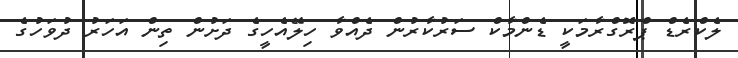
ލެކްރެޑް ޕްރޮގްރާމަކީ ޑެންމާކް ސަރުކާރުން ދެއްވާ ހިލޭއެހީގެ ދަށުން ތިން އަހަރު ދުވަހުގެ